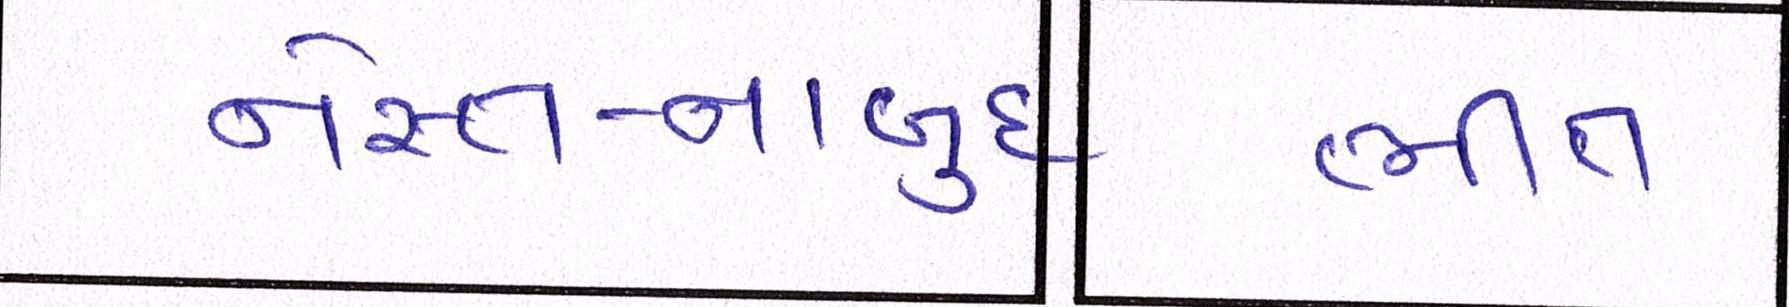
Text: નેસ્ત-નાબુદ